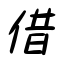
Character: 借